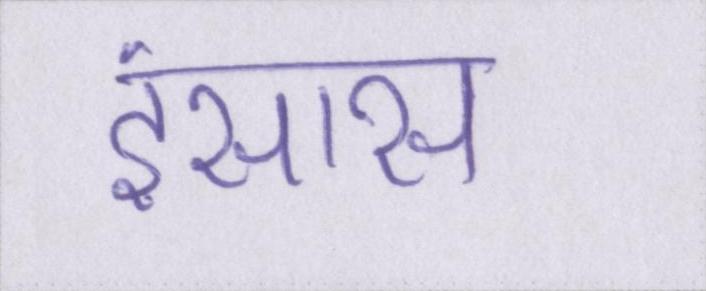
इंसास